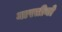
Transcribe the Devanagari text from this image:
मारतीनो